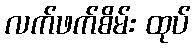
လက်ဖက်စိမ်း ထုပ်